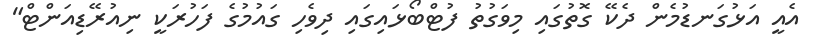
އެއީ އަޅުގަނޑުމެން ދެކޭ ގޮތުގައި މިވަގުތު ފުޓްބޯޅައިގައި ދިވެހި ގައުމުގެ ފަހުރަކީ ނިއުރޭޑިއަންޓް"